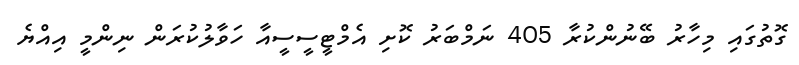
ގޮތުގައި މިހާރު ބޭނުންކުރާ 405 ނަމްބަރު ކޮށި އެމްޓީސީސީއާ ހަވާލުކުރަން ނިންމީ އިއްޔެ